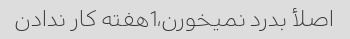
اصلأ بدرد نمیخورن،1هفته کار ندادن